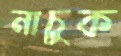
নাচুক